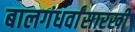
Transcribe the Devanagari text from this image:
बालगंधर्वांसारखी